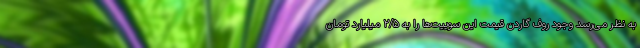
به نظر می‌رسد وجود روف گاردن قیمت این سوییت‌ها را به ۲/۵ میلیارد تومان